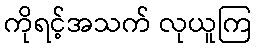
ကိုရင့်အသက် လုယူကြ